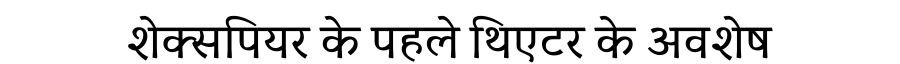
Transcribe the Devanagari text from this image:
शेक्सपियर के पहले थिएटर के अवशेष